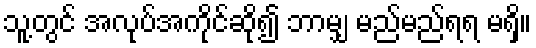
သူ့တွင် အလုပ်အကိုင်ဆို၍ ဘာမျှ မည်မည်ရရ မရှိ။